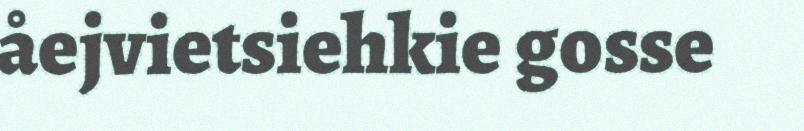
åejvietsiehkie gosse